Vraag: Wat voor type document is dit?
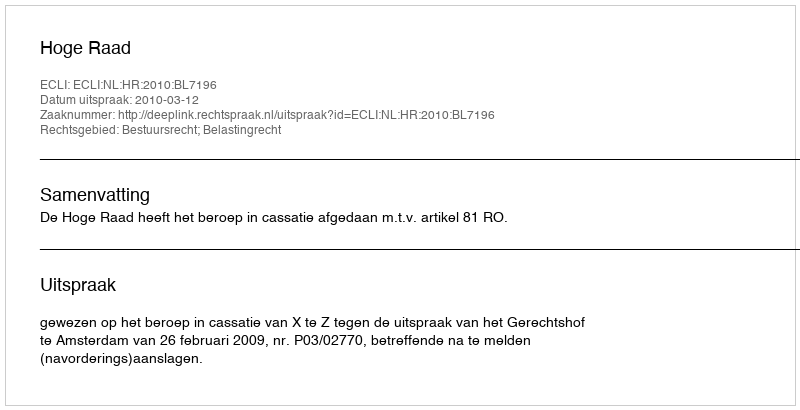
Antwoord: Uitspraak